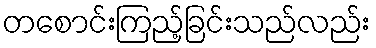
တစောင်းကြည့်ခြင်းသည်လည်း